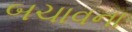
બચાવના